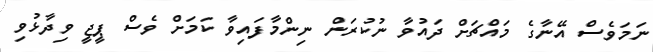
ނަމަވެސް އޭނާގެ މައްޗަށް ދައުވާ ނުކުރަން ނިންމާފައިވާ ކަމަށް ވެސް ޕީޖީ ވިދާޅުވި